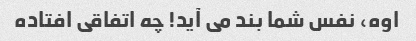
اوه، نفس شما بند می آید! چه اتفاقی افتاده